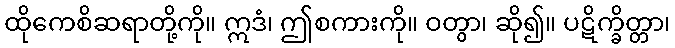
ထိုကေစိဆရာတို့ကို။ ဣဒံ၊ ဤစကားကို။ ဝတွာ၊ ဆို၍။ ပဋိက္ခိတ္တာ၊